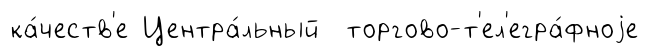
ка́честв'е Центра́льный торгово-т'ел'егра́фноjе